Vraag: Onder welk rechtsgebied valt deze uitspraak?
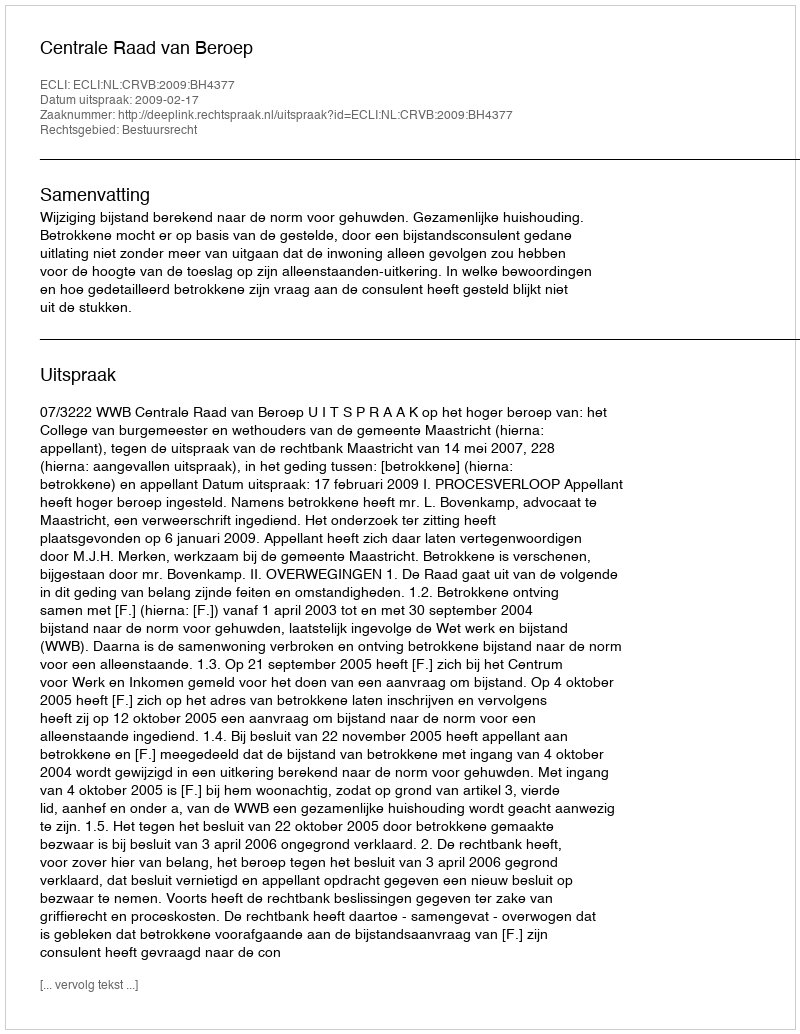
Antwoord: Bestuursrecht